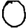
Digit: 0